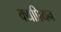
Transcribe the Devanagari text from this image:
क्यप्रियन